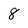
Character: 8